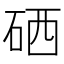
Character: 硒